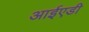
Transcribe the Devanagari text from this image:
आईएडी